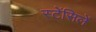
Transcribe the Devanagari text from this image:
स्टेंसिलें